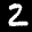
Label: 2